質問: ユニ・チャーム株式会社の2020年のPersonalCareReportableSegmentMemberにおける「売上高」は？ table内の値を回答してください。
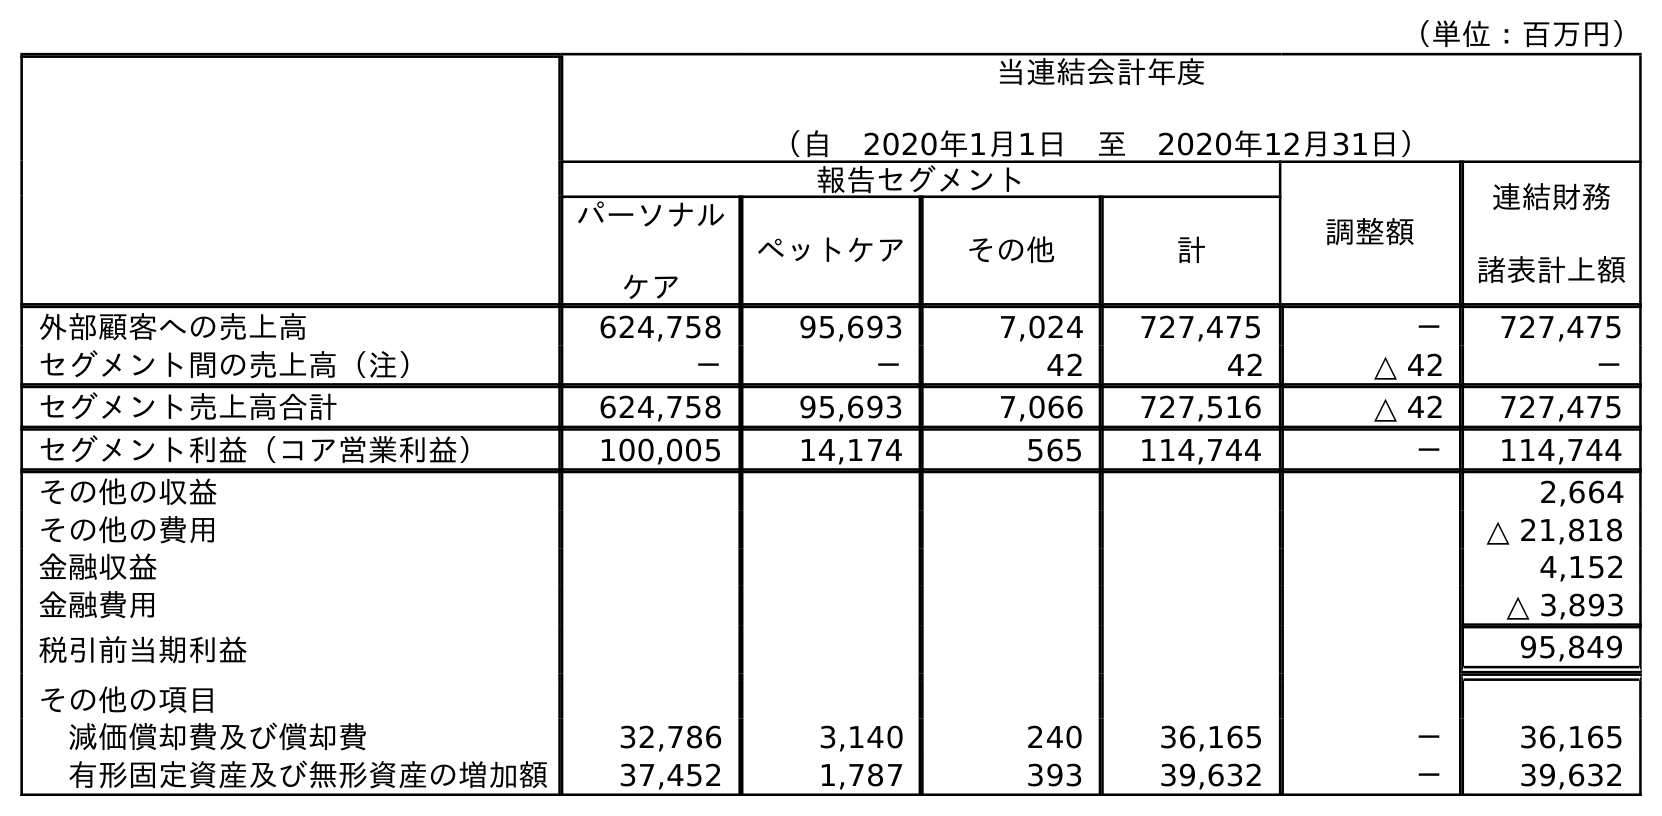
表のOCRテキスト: （単位：百万円） 当連結会計年度 （自 2020年1月1日 至 2020年12月31日） 報告セグメント 調整額 連結財務 諸表計上額 パーソナル ケア ペットケア その他 計 外部顧客への売上高 624,758 95,693 7,024 727,475 － 727,475 セグメント間の売上高（注） － － 42 42 △ 42 － セグメント売上高合計 624,758 95,693 7,066 727,516 △ 42 727,475 セグメント利益（コア営業利益） 100,005 14,174 565 114,744 － 114,744 その他の収益 2,664 その他の費用 △ 21,818 金融収益 4,152 金融費用 △ 3,893 税引前当期利益 95,849 その他の項目 減価償却費及び償却費 32,786 3,140 240 36,165 － 36,165 有形固定資産及び無形資産の増加額 37,452 1,787 393 39,632 － 39,632
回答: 624,758